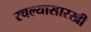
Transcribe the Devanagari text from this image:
रचल्यासारखी